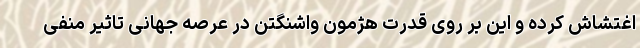
اغتشاش کرده و این بر روی قدرت هژمون واشنگتن در عرصه جهانی تاثیر منفی